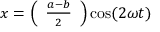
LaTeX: x = \left( { \begin{array} { l } { { \frac { a - b } { 2 } } } \end{array} } \right) \cos ( 2 \omega t )